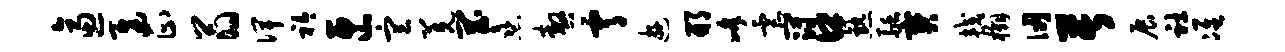
逼迟正翁俾衿匣宣羌罔熹嗷霄游邢峰虐冠口熟融宝较槲仞苦展社准